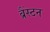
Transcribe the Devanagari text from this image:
ब्रैंस्टन